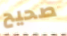
صحيح